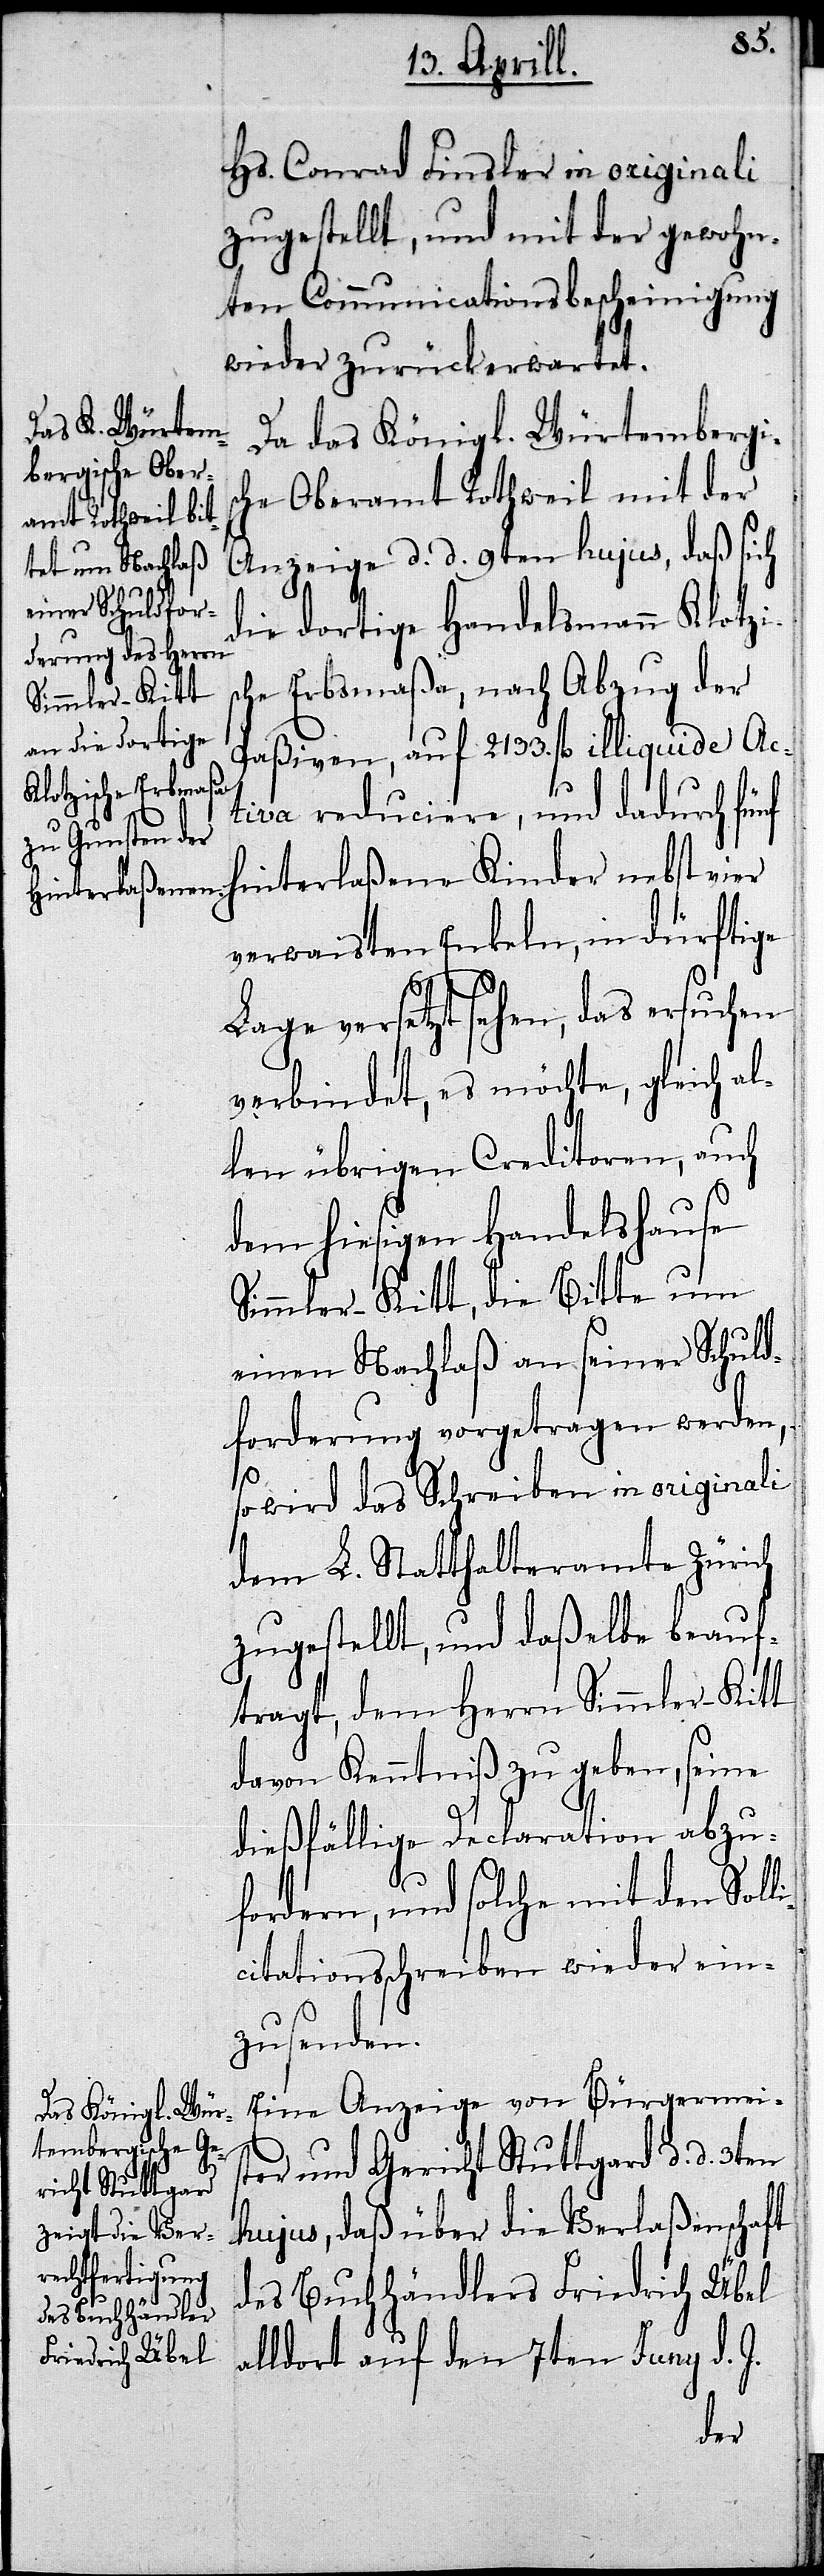
Hs. Conrad Finsler in originali
zugestellt, und mit der gewohn¬
ten Communicationsbescheinigung
wieder zurückerwartet.
Da das Königl. Würtembergis¬
che Oberamt Rothweil mit der
Anzeige d. d. 9ten hujus, daß sich
die dortige Handelsmann Klotzi¬
che Erbsmaßa, nach Abzug der
Paßiven, auf 2133. fl. illiquide Ac¬
tiva reduciere, und dadurch fünf
Hinterlaßene Kinder nebst vier
verwaisten Enkeln, in dürftige
Lage versetzt sehen, das ersuchen
verbindet, es möchte, gleich al¬
len übrigen Creditoren, auch
dem hiesigen Handelshause
Simmler-Kitt, die Bitte um
einen Nachlaß an seiner Schuld¬
forderung vorgetragen werden,–
s¬
so wird das Schreiben in originali
dem L. Statthalteramte Zürich
zugestellt, und daßelbe beauf¬
tragt, dem Herrn Simmler-Kitt
davon Kenntniß zu geben, seine
dießfällige Declaration abzu¬
fordern, und solche mit den Soll¬
icitationsschreiben wieder ein¬
zusenden.
Eine Anzeige von Bürgermei¬
ster und Gericht Stuttgard d.d. 3ten
hujus, daß über die Verlaßenschaft
des Buchhändlers Friedrich Übel
alldort auf den 7ten Juny d. J.